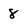
Character: 8